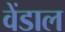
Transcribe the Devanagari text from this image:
वेंडाल